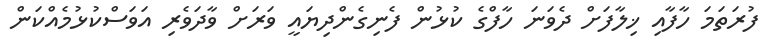
ފުރަތަމަ ހާފާއި ޚިލާފަށް ދެވަނަ ހާފްގެ ކުޅުން ފެނިގެންދިޔައީ ވަރަށް ވާދަވެރި އަވަސްކުޅުމެއްކަން